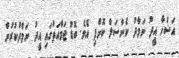
އަޟްހާ އީދު ނަމާދު ކެންސަލް ކޮށްފި އެވެ. ބޮޑު ޖަމާއަތުގައި އީދު ނަމާދުކުރުން